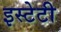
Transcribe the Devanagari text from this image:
इस्टेटी